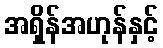
အရှိန်အဟုန်နှင့်